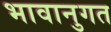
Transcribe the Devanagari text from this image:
भावानुगत